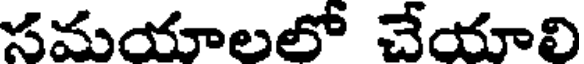
సమయాలలో చేయాలి